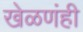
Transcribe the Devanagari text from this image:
खेळणंही